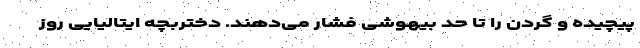
پیچیده و گردن را تا حد بیهوشی فشار می‌دهند. دختربچه ایتالیایی روز